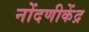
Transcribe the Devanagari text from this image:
नोंदणीकेंद्र